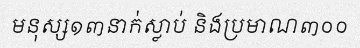
មនុស្ស១៣នាក់ស្លាប់ និងប្រមាណ៣០០